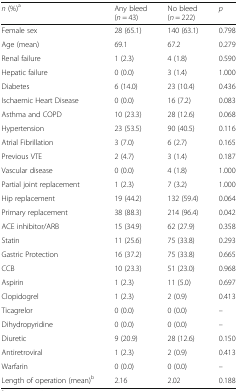
<table><thead><tr><td><b><i>n</i> (%)<sup>a</sup></b></td><td><b>Any bleed(<i>n</i> = 43)</b></td><td><b>No bleed(<i>n</i> = 222)</b></td><td><b><i>p</i></b></td></tr></thead><tbody><tr><td>Female sex</td><td>28 (65.1)</td><td>140 (63.1)</td><td>0.798</td></tr><tr><td>Age (mean)</td><td>69.1</td><td>67.2</td><td>0.279</td></tr><tr><td>Renal failure</td><td>1 (2.3)</td><td>4 (1.8)</td><td>0.590</td></tr><tr><td>Hepatic failure</td><td>0 (0.0)</td><td>3 (1.4)</td><td>1.000</td></tr><tr><td>Diabetes</td><td>6 (14.0)</td><td>23 (10.4)</td><td>0.436</td></tr><tr><td>Ischaemic Heart Disease</td><td>0 (0.0)</td><td>16 (7.2)</td><td>0.083</td></tr><tr><td>Asthma and COPD</td><td>10 (23.3)</td><td>28 (12.6)</td><td>0.068</td></tr><tr><td>Hypertension</td><td>23 (53.5)</td><td>90 (40.5)</td><td>0.116</td></tr><tr><td>Atrial Fibrillation</td><td>3 (7.0)</td><td>6 (2.7)</td><td>0.165</td></tr><tr><td>Previous VTE</td><td>2 (4.7)</td><td>3 (1.4)</td><td>0.187</td></tr><tr><td>Vascular disease</td><td>0 (0.0)</td><td>4 (1.8)</td><td>1.000</td></tr><tr><td>Partial joint replacement</td><td>1 (2.3)</td><td>7 (3.2)</td><td>1.000</td></tr><tr><td>Hip replacement</td><td>19 (44.2)</td><td>132 (59.4)</td><td>0.064</td></tr><tr><td>Primary replacement</td><td>38 (88.3)</td><td>214 (96.4)</td><td>0.042</td></tr><tr><td>ACE inhibitor/ARB</td><td>15 (34.9)</td><td>62 (27.9)</td><td>0.358</td></tr><tr><td>Statin</td><td>11 (25.6)</td><td>75 (33.8)</td><td>0.293</td></tr><tr><td>Gastric Protection</td><td>16 (37.2)</td><td>75 (33.8)</td><td>0.665</td></tr><tr><td>CCB</td><td>10 (23.3)</td><td>51 (23.0)</td><td>0.968</td></tr><tr><td>Aspirin</td><td>1 (2.3)</td><td>11 (5.0)</td><td>0.697</td></tr><tr><td>Clopidogrel</td><td>1 (2.3)</td><td>2 (0.9)</td><td>0.413</td></tr><tr><td>Ticagrelor</td><td>0 (0.0)</td><td>0 (0.0)</td><td>–</td></tr><tr><td>Dihydropyridine</td><td>0 (0.0)</td><td>0 (0.0)</td><td>–</td></tr><tr><td>Diuretic</td><td>9 (20.9)</td><td>28 (12.6)</td><td>0.150</td></tr><tr><td>Antiretroviral</td><td>1 (2.3)</td><td>2 (0.9)</td><td>0.413</td></tr><tr><td>Warfarin</td><td>0 (0.0)</td><td>0 (0.0)</td><td>–</td></tr><tr><td>Length of operation (mean)<sup>b</sup></td><td>2.16</td><td>2.02</td><td>0.188</td></tr></tbody></table>